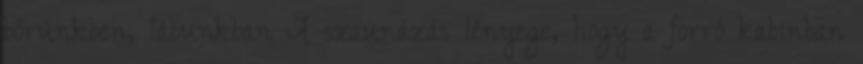
bőrünkben, lábunkban A szaunázás lényege, hogy a forró kabinban